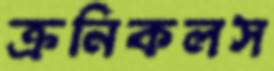
ক্রনিকলস